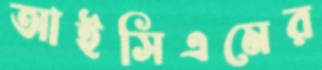
আইসিএমের